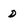
Character: D